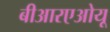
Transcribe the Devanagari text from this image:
बीआरएओयू